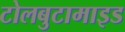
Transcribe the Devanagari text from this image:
टोलबुटामाइड